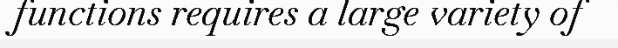
functions requires a large variety of